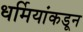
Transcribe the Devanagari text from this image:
धर्मियांकडून